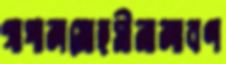
গাপালমোহসীনালাবণ